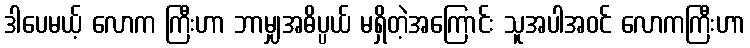
ဒါပေမယ့် လောက ကြီးဟာ ဘာမျှအဓိပ္ပယ် မရှိတဲ့အကြောင်း သူအပါအဝင် လောကကြီးဟာ